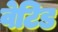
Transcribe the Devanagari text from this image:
वेटिड